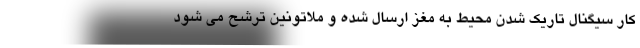
کار سیگنال تاریک شدن محیط به مغز ارسال شده و ملاتونین ترشح می شود